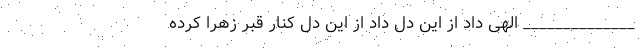
______________ الهی داد از این دل داد از این دل کنار قبر زهرا کرده